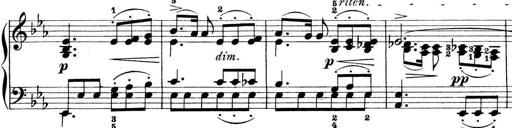
Title: Preis-Sonatine
Composer: Ernst James Bremner